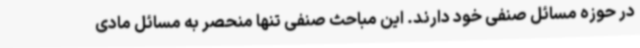
در حوزه مسائل صنفی خود دارند. این مباحث صنفی تنها منحصر به مسائل مادی